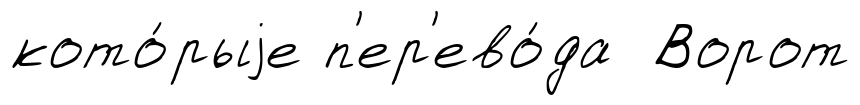
кото́рыjе п'ер'ево́да Ворот